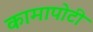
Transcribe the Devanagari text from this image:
कामापोटी